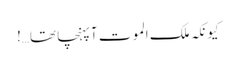
کیونکہ ملک الموت آپہنچا تھا…!